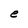
Character: e